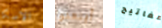
الاسكا أبتعدوا مفاتيح